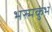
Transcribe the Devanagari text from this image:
भस्मकुंभ